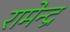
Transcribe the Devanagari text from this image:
रामेन्द्र